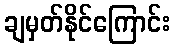
ချမှတ်နိုင်ကြောင်း